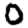
Digit: 0